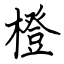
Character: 橙